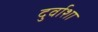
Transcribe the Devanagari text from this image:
दुर्वाशा